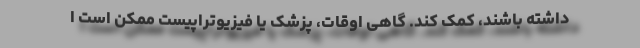
داشته باشند، کمک کند. گاهی اوقات، پزشک یا فیزیوتراپیست ممکن است ا